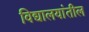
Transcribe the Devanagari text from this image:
विद्यालयांतील